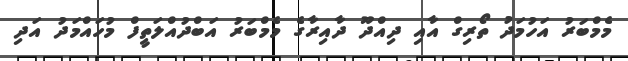
މެމްބަރު އަހުމަދު ތޯރިގް އާއި ދިއްދޫ ދާއިރާގެ މެމްބަރު އަބްދުއްލަތީފް މުހައްމަދު އަދި